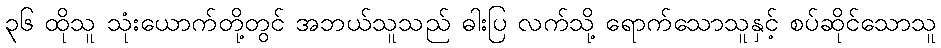
၃၆ ထိုသူ သုံးယောက်တို့တွင် အဘယ်သူသည် ဓါးပြ လက်သို့ ရောက်သောသူနှင့် စပ်ဆိုင်သောသူ